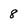
Character: 8